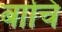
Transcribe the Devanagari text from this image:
बांचि